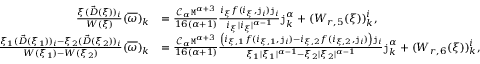
\begin{array} { r l } { \frac { \xi ( \vec { D } ( \xi ) ) _ { i } } { W ( \xi ) } ( \overline { { \omega } } ) _ { k } } & { = \frac { \mathcal { C } _ { \alpha } \mathtt { M } ^ { \alpha + 3 } } { 1 6 ( \alpha + 1 ) } \frac { i _ { \xi } f ( i _ { \xi } , \mathtt { j } _ { i } ) \mathtt { j } _ { i } } { i _ { \xi } | i _ { \xi } | ^ { \alpha - 1 } } \mathtt { j } _ { k } ^ { \alpha } + ( W _ { r , 5 } ( \xi ) ) _ { k } ^ { i } , } \\ { \frac { \xi _ { 1 } ( \vec { D } ( \xi _ { 1 } ) ) _ { i } - \xi _ { 2 } ( \vec { D } ( \xi _ { 2 } ) ) _ { i } } { W ( \xi _ { 1 } ) - W ( \xi _ { 2 } ) } ( \overline { { \omega } } ) _ { k } } & { = \frac { \mathcal { C } _ { \alpha } \mathtt { M } ^ { \alpha + 3 } } { 1 6 ( \alpha + 1 ) } \frac { \left( i _ { \xi , 1 } f ( i _ { \xi , 1 } , \mathtt { j } _ { i } ) - i _ { \xi , 2 } f ( i _ { \xi , 2 } , \mathtt { j } _ { i } ) \right) \mathtt { j } _ { i } } { \xi _ { 1 } | \xi _ { 1 } | ^ { \alpha - 1 } - \xi _ { 2 } | \xi _ { 2 } | ^ { \alpha - 1 } } \mathtt { j } _ { k } ^ { \alpha } + ( W _ { r , 6 } ( \xi ) ) _ { k } ^ { i } , } \end{array}